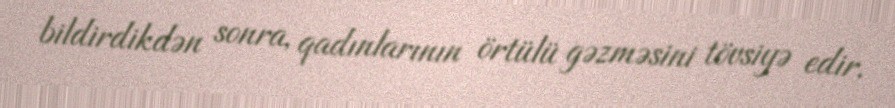
bildirdikdən sonra, qadınlarının örtülü gəzməsini tövsiyə edir.